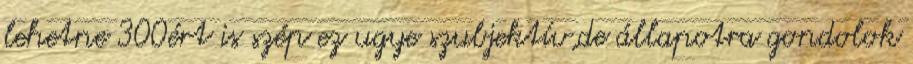
lehetne 300ért is szép ez ugye szubjektív,de állapotra gondolok